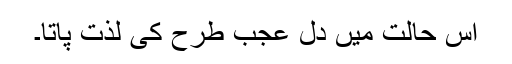
اس حالت میں دل عجب طرح کی لذت پاتا۔